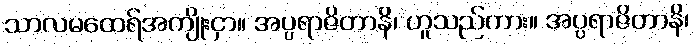
သာလမထေရ်အကျိုးငှာ။ အပ္ပရာဇိတာနိ၊ ဟူသည်ကား။ အပ္ပရာဇိတာနိ၊